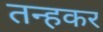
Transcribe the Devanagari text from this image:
तन्हकर